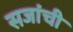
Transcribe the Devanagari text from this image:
सजांची